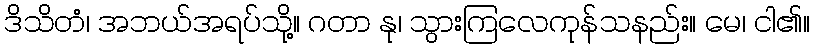
ဒိသိတံ၊ အဘယ်အရပ်သို့။ ဂတာ နု၊ သွားကြလေကုန်သနည်း။ မေ၊ ငါ၏။